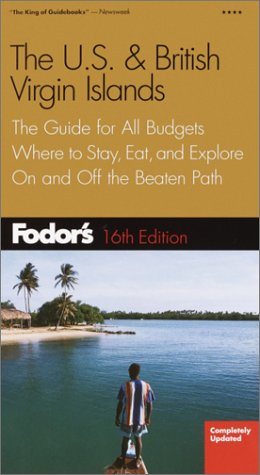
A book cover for Fodor's US & British Virgin Islands, 16th Edition: The Guide for All Budgets, Where to Stay, Eat, and Explore On and Off the Beaten Path (Fodor's Gold Guides); Fodor's; Travel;